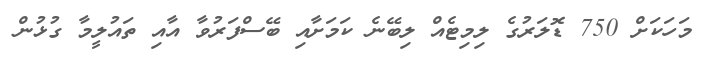
މަހަކަށް 750 ޑޮލަރުގެ ލިމިޓެއް ލިބޭނެ ކަމަށާއި ބޭސްފަރުވާ އާއި ތައުލީމާ ގުޅުން